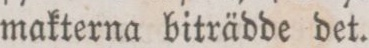
makterna biträdde det.